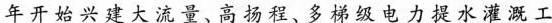
年开始兴建大流量、高扬程、多梯级电力提水灌溉工